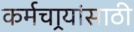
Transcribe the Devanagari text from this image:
कर्मचार्‍यांसाठी